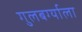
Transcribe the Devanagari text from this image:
गुलबर्ग्याला